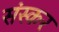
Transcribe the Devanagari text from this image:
संस्कर